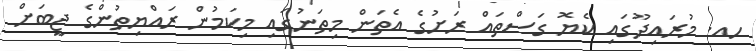
ހއ. މުރައިދޫގައި ކެޔޮ ގަސްތައް ރަށުގެ އެތަން މިތަނުގައި މިިކަމުން ރައްޔިތުންގެ ޖީބަށް